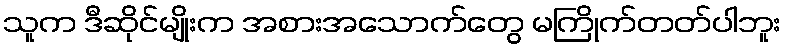
သူက ဒီဆိုင်မျိုးက အစားအသောက်တွေ မကြိုက်တတ်ပါဘူး